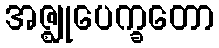
အဇ္ဈုပေက္ခတော